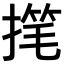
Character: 𫽳